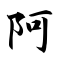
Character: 阿